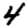
Digit: 4